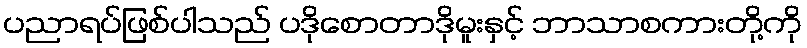
ပညာရပ်ဖြစ်ပါသည် ပဒိုစောတာဒိုမူးနှင့် ဘာသာစကားတို့ကို